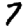
Digit: 7